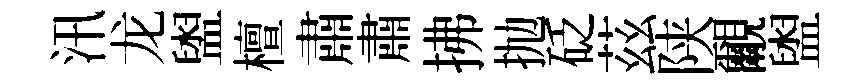
汛龙盥檀肅肅拂抛砭茲陕覼盥